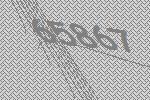
65867